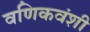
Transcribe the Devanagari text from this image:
वणिकवंशी